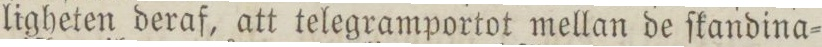
ligheten deraf, att telegramportot mellan de ſkandina=